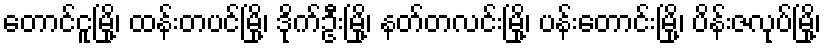
တောင်ငူမြို့၊ ထန်းတပင်မြို့၊ ဒိုက်ဦးမြို့၊ နတ်တလင်းမြို့၊ ပန်းတောင်းမြို့၊ ပိန်းဇလုပ်မြို့၊